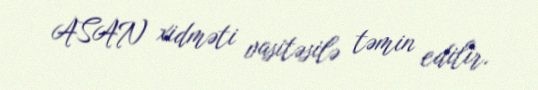
ASAN xidməti vasitəsilə təmin edilir.